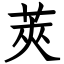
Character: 莢